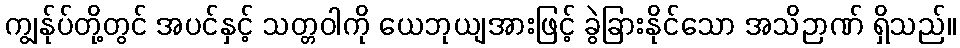
ကျွန်ုပ်တို့တွင် အပင်နှင့် သတ္တဝါကို ယေဘုယျအားဖြင့် ခွဲခြားနိုင်သော အသိဉာဏ် ရှိသည်။